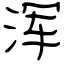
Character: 浑